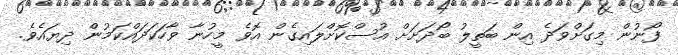
ފޯނުން މިގަށްވަދެ އިން ބަތީލު ބޯދަށަށް އުސްކޮށްލައިގެން އޮވެ މީހުނާ ވާހަކަދައްކަމުން ދިޔައެވެ.